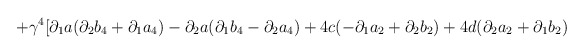
\begin{align*}+\gamma ^{4}[\partial _{1}a(\partial _{2}b_{4}+\partial _{1}a_{4})-\partial _{2}a(\partial _{1}b_{4}-\partial _{2}a_{4})+4c(-\partial _{1}a_{2}+\partial _{2}b_{2})+4d(\partial _{2}a_{2}+\partial _{1}b_{2})\end{align*}